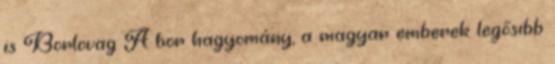
is Borlovag A bor hagyomány, a magyar emberek legősibb